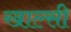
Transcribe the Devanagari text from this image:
खाल्सी